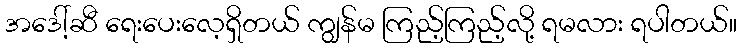
အဒေါ့်ဆီ ရေးပေးလေ့ရှိတယ် ကျွန်မ ကြည့်ကြည့်လို့ ရမလား ရပါတယ်။